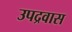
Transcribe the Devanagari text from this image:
उपद्रवास